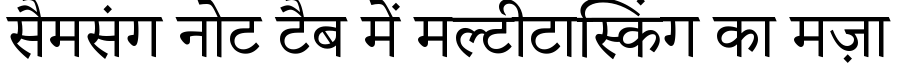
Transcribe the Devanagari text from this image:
सैमसंग नोट टैब में मल्टीटास्किंग का मज़ा